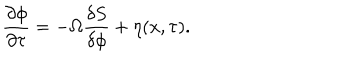
\frac { \partial \phi } { \partial \tau } = - \Omega \frac { \delta S } { \delta \phi } + \eta ( x , \tau ) .